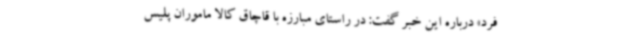
فرد» درباره این خبر گفت: در راستای مبارزه با قاچاق کالا ماموران پلیس